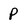
Character: P